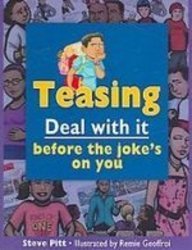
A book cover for Teasing: Deal With It Before the Joke's on You; Steve Pitt; Teen & Young Adult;